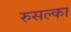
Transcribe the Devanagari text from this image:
रुसल्का